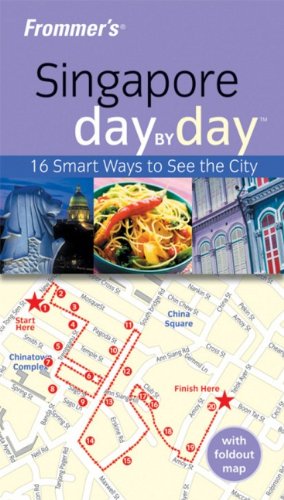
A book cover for Frommer's Singapore Day by Day (Frommer's Day by Day - Pocket); Heidi Sarna; Travel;